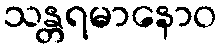
သန္တရမာနောဝ